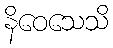
နိဝေသေသိ